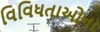
વિવિધતાઓના